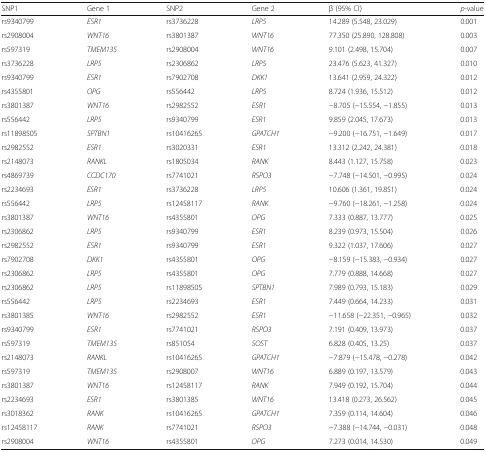
<table><thead><tr><td><b>SNP1</b></td><td><b>Gene 1</b></td><td><b>SNP2</b></td><td><b>Gene 2</b></td><td><b>β (95% CI)</b></td><td><b><i>p</i>-value</b></td></tr></thead><tbody><tr><td>rs9340799</td><td><i>ESR1</i></td><td>rs3736228</td><td><i>LRP5</i></td><td>14.289 (5.548, 23.029)</td><td>0.001</td></tr><tr><td>rs2908004</td><td><i>WNT16</i></td><td>rs3801387</td><td><i>WNT16</i></td><td>77.350 (25.890, 128.808)</td><td>0.003</td></tr><tr><td>rs597319</td><td><i>TMEM135</i></td><td>rs2908004</td><td><i>WNT16</i></td><td>9.101 (2.498, 15.704)</td><td>0.007</td></tr><tr><td>rs3736228</td><td><i>LRP5</i></td><td>rs2306862</td><td><i>LRP5</i></td><td>23.476 (5.623, 41.327)</td><td>0.010</td></tr><tr><td>rs9340799</td><td><i>ESR1</i></td><td>rs7902708</td><td><i>DKK1</i></td><td>13.641 (2.959, 24.322)</td><td>0.012</td></tr><tr><td>rs4355801</td><td><i>OPG</i></td><td>rs556442</td><td><i>LRP5</i></td><td>8.724 (1.936, 15.512)</td><td>0.012</td></tr><tr><td>rs3801387</td><td><i>WNT16</i></td><td>rs2982552</td><td><i>ESR1</i></td><td>−8.705 (−15.554, −1.855)</td><td>0.013</td></tr><tr><td>rs556442</td><td><i>LRP5</i></td><td>rs9340799</td><td><i>ESR1</i></td><td>9.859 (2.045, 17.673)</td><td>0.013</td></tr><tr><td>rs11898505</td><td><i>SPTBN1</i></td><td>rs10416265</td><td><i>GPATCH1</i></td><td>−9.200 (−16.751, −1.649)</td><td>0.017</td></tr><tr><td>rs2982552</td><td><i>ESR1</i></td><td>rs3020331</td><td><i>ESR1</i></td><td>13.312 (2.242, 24.381)</td><td>0.018</td></tr><tr><td>rs2148073</td><td><i>RANKL</i></td><td>rs1805034</td><td><i>RANK</i></td><td>8.443 (1.127, 15.758)</td><td>0.023</td></tr><tr><td>rs4869739</td><td><i>CCDC170</i></td><td>rs7741021</td><td><i>RSPO3</i></td><td>−7.748 (−14.501, −0.995)</td><td>0.024</td></tr><tr><td>rs2234693</td><td><i>ESR1</i></td><td>rs3736228</td><td><i>LRP5</i></td><td>10.606 (1.361, 19.851)</td><td>0.024</td></tr><tr><td>rs556442</td><td><i>LRP5</i></td><td>rs12458117</td><td><i>RANK</i></td><td>−9.760 (−18.261, −1.258)</td><td>0.024</td></tr><tr><td>rs3801387</td><td><i>WNT16</i></td><td>rs4355801</td><td><i>OPG</i></td><td>7.333 (0.887, 13.777)</td><td>0.025</td></tr><tr><td>rs2306862</td><td><i>LRP5</i></td><td>rs9340799</td><td><i>ESR1</i></td><td>8.239 (0.973, 15.504)</td><td>0.026</td></tr><tr><td>rs2982552</td><td><i>ESR1</i></td><td>rs9340799</td><td><i>ESR1</i></td><td>9.322 (1.037, 17.606)</td><td>0.027</td></tr><tr><td>rs7902708</td><td><i>DKK1</i></td><td>rs4355801</td><td><i>OPG</i></td><td>−8.159 (−15.383, −0.934)</td><td>0.027</td></tr><tr><td>rs2306862</td><td><i>LRP5</i></td><td>rs4355801</td><td><i>OPG</i></td><td>7.779 (0.888, 14.668)</td><td>0.027</td></tr><tr><td>rs2306862</td><td><i>LRP5</i></td><td>rs11898505</td><td><i>SPTBN1</i></td><td>7.989 (0.793, 15.183)</td><td>0.029</td></tr><tr><td>rs556442</td><td><i>LRP5</i></td><td>rs2234693</td><td><i>ESR1</i></td><td>7.449 (0.664, 14.233)</td><td>0.031</td></tr><tr><td>rs3801385</td><td><i>WNT16</i></td><td>rs2982552</td><td><i>ESR1</i></td><td>−11.658 (−22.351, −0.965)</td><td>0.032</td></tr><tr><td>rs9340799</td><td><i>ESR1</i></td><td>rs7741021</td><td><i>RSPO3</i></td><td>7.191 (0.409, 13.973)</td><td>0.037</td></tr><tr><td>rs597319</td><td><i>TMEM135</i></td><td>rs851054</td><td><i>SOST</i></td><td>6.828 (0.405, 13.25)</td><td>0.037</td></tr><tr><td>rs2148073</td><td><i>RANKL</i></td><td>rs10416265</td><td><i>GPATCH1</i></td><td>−7.879 (−15.478, −0.278)</td><td>0.042</td></tr><tr><td>rs597319</td><td><i>TMEM135</i></td><td>rs2908007</td><td><i>WNT16</i></td><td>6.889 (0.197, 13.579)</td><td>0.043</td></tr><tr><td>rs3801387</td><td><i>WNT16</i></td><td>rs12458117</td><td><i>RANK</i></td><td>7.949 (0.192, 15.704)</td><td>0.044</td></tr><tr><td>rs2234693</td><td><i>ESR1</i></td><td>rs3801385</td><td><i>WNT16</i></td><td>13.418 (0.273, 26.562)</td><td>0.045</td></tr><tr><td>rs3018362</td><td><i>RANK</i></td><td>rs10416265</td><td><i>GPATCH1</i></td><td>7.359 (0.114, 14.604)</td><td>0.046</td></tr><tr><td>rs12458117</td><td><i>RANK</i></td><td>rs7741021</td><td><i>RSPO3</i></td><td>−7.388 (−14.744, −0.031)</td><td>0.048</td></tr><tr><td>rs2908004</td><td><i>WNT16</i></td><td>rs4355801</td><td><i>OPG</i></td><td>7.273 (0.014, 14.530)</td><td>0.049</td></tr></tbody></table>